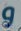
و